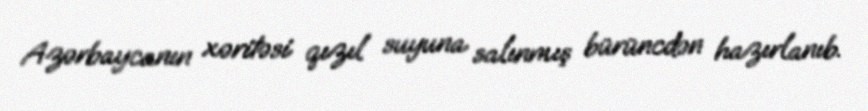
Azərbaycanın xəritəsi qızıl suyuna salınmış bürüncdən hazırlanıb.